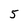
Character: 5